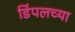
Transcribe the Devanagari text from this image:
डिंपलच्या